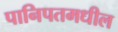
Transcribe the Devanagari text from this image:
पानिपतमधील